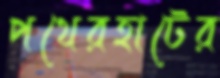
পথেরহাটের